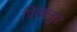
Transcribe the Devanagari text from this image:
विलासुर